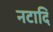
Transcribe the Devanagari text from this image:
नटादि